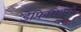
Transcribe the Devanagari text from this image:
डेफिशियंशी